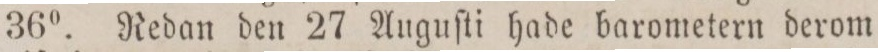
36°. Redan den 27 Auguſti hade barometern derom